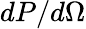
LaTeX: dP/d\Omega